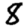
Digit: 8